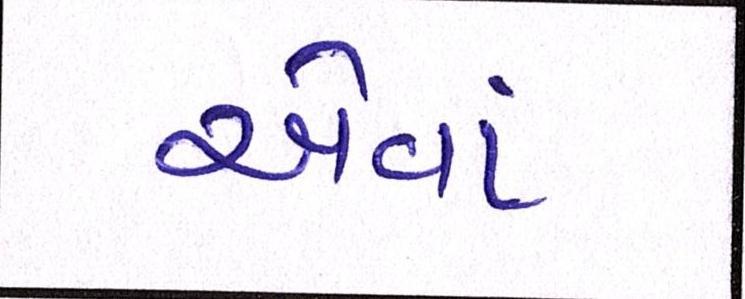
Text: એવાં